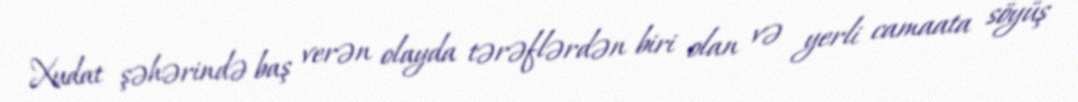
Xudat şəhərində baş verən olayda tərəflərdən biri olan və yerli camaata söyüş